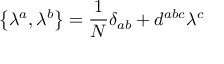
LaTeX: \left\{ \lambda ^ { a } , \lambda ^ { b } \right\} = \frac { 1 } { N } \delta _ { a b } + d ^ { a b c } \lambda ^ { c }